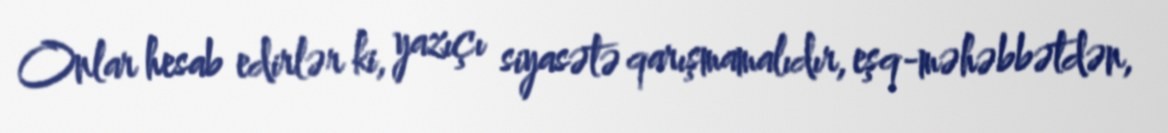
Onlar hesab edirlər ki, yazıçı siyasətə qarışmamalıdır, eşq-məhəbbətdən,